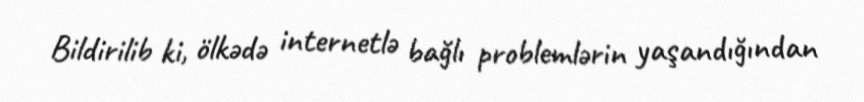
Bildirilib ki, ölkədə internetlə bağlı problemlərin yaşandığından